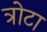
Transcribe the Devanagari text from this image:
त्रोटा